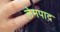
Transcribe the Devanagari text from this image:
लेमपाद